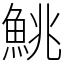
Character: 鮡